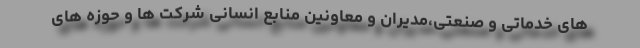
های خدماتی و صنعتی،مدیران و معاونین منابع انسانی شرکت ها و حوزه های